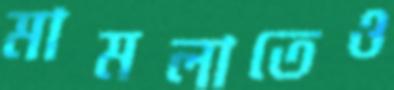
মামলাতেও